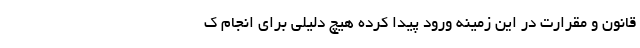
قانون و مقرارت در این زمینه ورود پیدا کرده هیچ دلیلی برای انجام ک